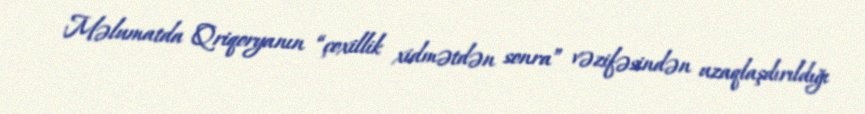
Məlumatda Qriqoryanın “çoxillik xidmətdən sonra” vəzifəsindən uzaqlaşdırıldığı